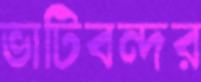
ভাটিবন্দর